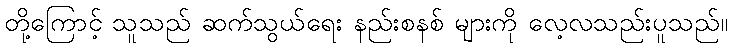
တို့ကြောင့် သူသည် ဆက်သွယ်ရေး နည်းစနစ် များကို လေ့လသည်းပူသည်။